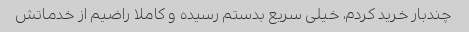
چندبار خرید کردم، خیلی سریع بدستم رسیده و کاملا راضیم از خدماتش